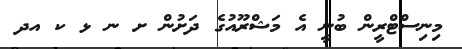
މިނިސްޓްރީން ބުނީ އެ މަޝްރޫއުގެ ދަށުން ށ ނ ޅ ކ އދ